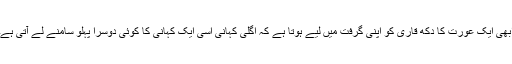
ابھی ایک عورت کا دکھ قاری کو اپنی گرفت میں لیے ہوتا ہے کہ اگلی کہانی اسی ایک کہانی کا کوئی دوسرا پہلو سامنے لے آتی ہے۔